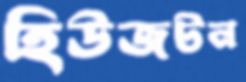
হিউজটন